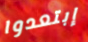
إبتعدوا